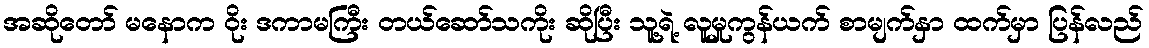
အဆိုတော် မနောက ဝိုး ဒကာမကြီး တယ်ဆော်သကိုး ဆိုပြီး သူ့ရဲ့ လူမှုကွန်ယက် စာမျက်နှာ ထက်မှာ ပြန်လည်